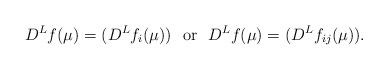
LaTeX: \begin{align*}D^Lf(\mu)=(D^Lf_i(\mu)) \ \ \mathrm{or}\ \ D^Lf(\mu)=(D^Lf_{ij}(\mu)).\end{align*}